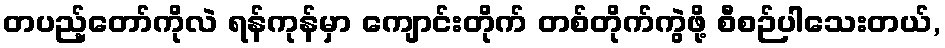
တပည့်တော်ကိုလဲ ရန်ကုန်မှာ ကျောင်းတိုက် တစ်တိုက်ကွဲဖို့ စီစဉ်ပါသေးတယ်,